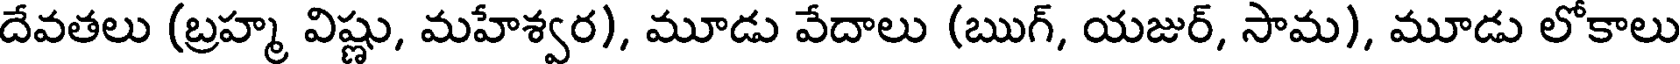
దేవతలు (బ్రహ్మ విష్ణు, మహేశ్వర), మూడు వేదాలు (ఋగ్, యజుర్, సామ), మూడు లోకాలు